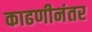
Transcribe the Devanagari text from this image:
काढणीनंतर